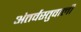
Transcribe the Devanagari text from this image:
अंतर्वस्तुवाली